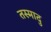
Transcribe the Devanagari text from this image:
तस्मादु